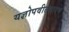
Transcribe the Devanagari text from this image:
यज्ञोपवीतधारण